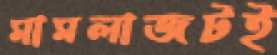
মামলাজটই